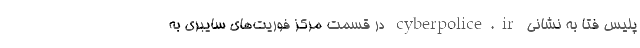
پلیس فتا به نشانی cyberpolice.ir در قسمت مرکز فوریت‌های سایبری به